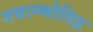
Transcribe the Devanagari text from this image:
गवाम्भोदिह